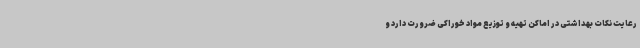
رعایت نکات بهداشتی در اماکن تهیه و توزیع مواد خوراکی ضرورت دارد و